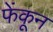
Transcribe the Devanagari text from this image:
फेंकून